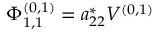
\Phi _ { 1 , 1 } ^ { ( 0 , 1 ) } = a _ { 2 2 } ^ { * } V ^ { ( 0 , 1 ) }